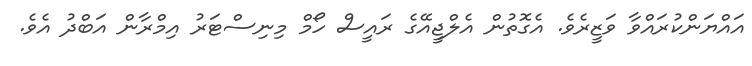
އައްޔަންކުރައްވާ ވަޒީރެވެ. އެގޮތުން އެލްޖީއޭގެ ރައީސް ހޯމް މިނިސްޓަރު އިމްރާން އަބްދު އެވެ.